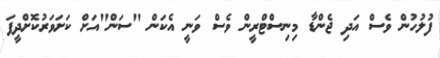
ފުލުހުން ވެސް އަދި ޖެންޑާ މިނިސްޓްރީން ވެސް ވަނީ އެކަން "ސަން"އަށް ކަށަވަރުކޮށްދީފަ